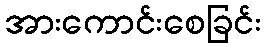
အားကောင်းစေခြင်း